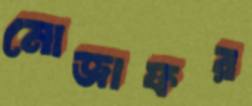
মোজাফর